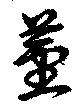
茎